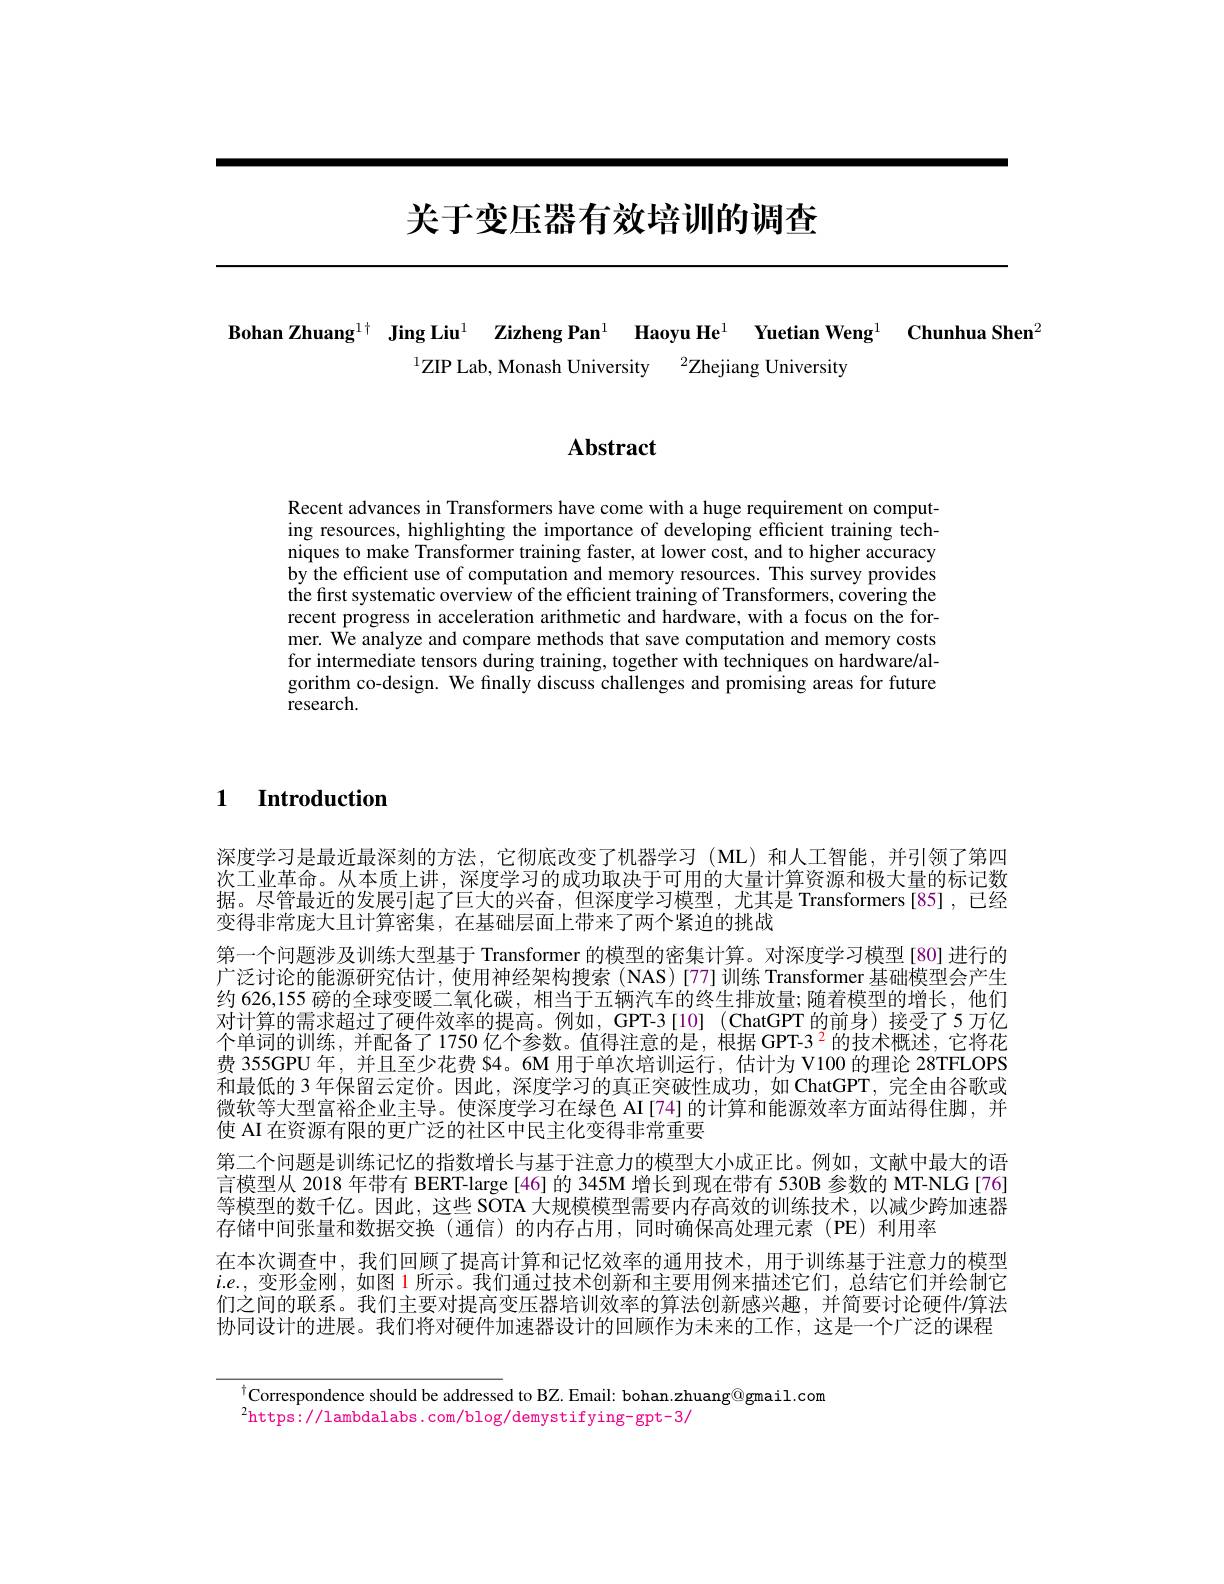
# 关于变压器有效培训的调查

Bohan Zhuang$^{1+}$ Jing Liu$^{1}$ Zizheng Pan$^{1}$ Haoyu He$^{1}$ Yuetian Weng$^{1}\textbf{Chunhua Shen}^{2}$
$^{1}$ZIP Lab, Monash University$\:^2$Zhejiang University

# Abstract

Recent advances in Transformers have come with a huge requirement on computing resources, highlighting the importance of developing efficient training techniques to make Transformer training faster, at lower cost, and to higher accuracy by the efficient use of computation and memory resources. This survey provides the first systematic overview of the efficient training of Transformers, covering the recent progress in acceleration arithmetic and hardware, with a focus on the former. $\hat{\text{We analyze and compare methods that save computation and memory costs}}$ for intermediate tensors during training, together with techniques on hardware/algorithm co-design. We finally discuss challenges and promising areas for future research.

1 Introduction

深度学习是最近最深刻的方法，它彻底改变了机器学习(ML)和人工智能，并引领了第四次工业革命。从本质上讲，深度学习的成功取决于可用的大量计算资源和极大量的标记数据。尽管最近的发展引起了巨大的兴奋，但深度学习模型，尤其是 Transformers[85],已经变得非常庞大且计算密集，在基础层面上带来了两个紧迫的挑战
第一个问题涉及训练大型基于 Transformer 的模型的密集计算。对深度学习模型 [80] 进行的广泛讨论的能源研究估计，使用神经架构搜索(NAS)[77]训练 Transformer 基础模型会产生约 626,155 磅的全球变暖二氧化碳，相当于五辆汽车的终生排放量；随着模型的增长，他们对计算的需求超过了硬件效率的提高。例如，GPT-3[10](ChatGPT的前身)按受了5万亿个单词的训练，并配备了1750 亿个参数。值得注意的是，根据 GPT-3 2 的技术概述，它将花费 355GPU 年，并且至少花费 S4。6M 用于单次培训运行，估计为 V100 的理论 28TFLOPS 和最低的 3 年保留云定价。因此，深度学习的真正突破性成功，如 ChatGPT,完全由谷歌或微软等大型富裕企业主导。使深度学习在绿色 AI[74]的计算和能源效率方面站得住脚，并使 AI 在资源有限的更广泛的社区中民主化变得非常重要
第二个问题是训练记忆的指数增长与基于注意力的模型大小成正比。例如，文献中最大的语言模型从 2018 年带有 BERT-large [46] 的 345M 增长到现在带有 530B 参数的 MT-NLG[76] 等模型的数千亿。因此，这些 SOTA 大规模模型需要内存高效的训练技术，以减少跨加速器存储中间张量和数据交换(通信)的内存占用，同时确保高处理元素(PE)利用率
在本次调查中，我们回顾了提高计算和记忆效率的通用技术，用于训练基于注意力的模型$i.e.$,变形金刚，如图1所示。我们通过技术创新和主要用例来描述它们，总结它们并绘制它们之间的联系。我们主要对提高变压器培训效率的算法创新感兴趣，并简要讨论硬件$\prime$算法协同设计的进展。我们将对硬件加速器设计的回顾作为未来的工作，这是一个广泛的课程

$^{\dagger}$Correspondence should be addressed to BZ. Email: bohan.zhuang@gmail.com
$^2$https://lambdalabs.com/blog/demystifying-gpt-3/